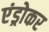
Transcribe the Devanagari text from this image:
एंड्रोकर